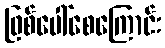
ဖြစ်ပေါ်စေကြောင်း